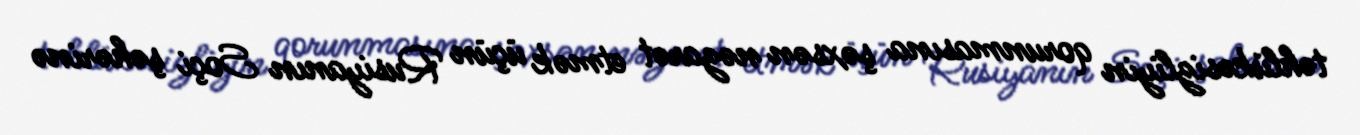
təhlükəsizliyin qorunmasına şəxsən nəzarət etmək üçün Rusiyanın Soçi şəhərinə